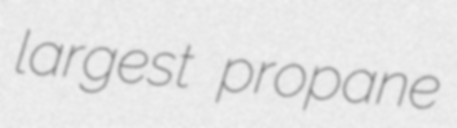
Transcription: largest propane